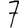
Digit: 7